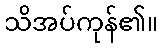
သိအပ်ကုန်၏။